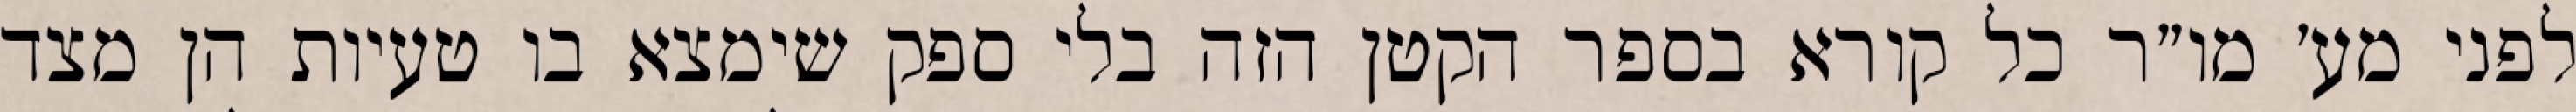
לפני מע׳ מו״ר כל קורא בספר הקטן הזה בלי ספק שימצא בו טעיות הן מצד